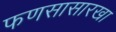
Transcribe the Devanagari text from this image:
फणसासारखा